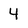
Character: 4